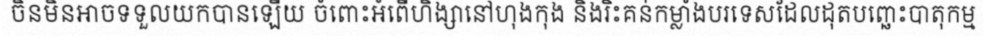
ចិនមិនអាចទទួលយកបានឡើយ ចំពោះអំពើហិង្សានៅហុងកុង និងរិះគន់កម្លាំងបរទេសដែលដុតបញ្ឆេះបាតុកម្ម